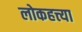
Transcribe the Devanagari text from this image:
लोकहत्त्या